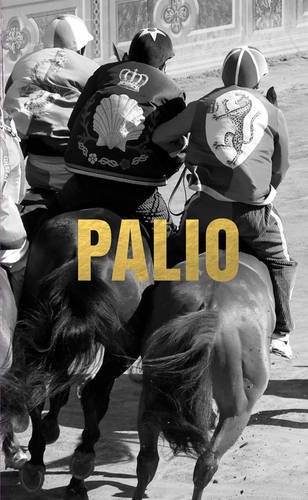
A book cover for Palio; John Hunt; Crafts, Hobbies & Home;